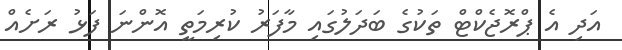
އަދި އެ ޕްރޮޖެކްޓް ތަކުގެ ބަދަލުގައި މާފަރު ކުރިމަތީ އޮންނަ ފަޅު ރަށެއް